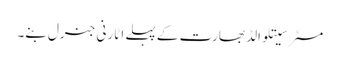
مسٹر سیتلوالڈ بھارت کے پہلے اٹارنی جنرل بنے۔